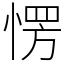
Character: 愣